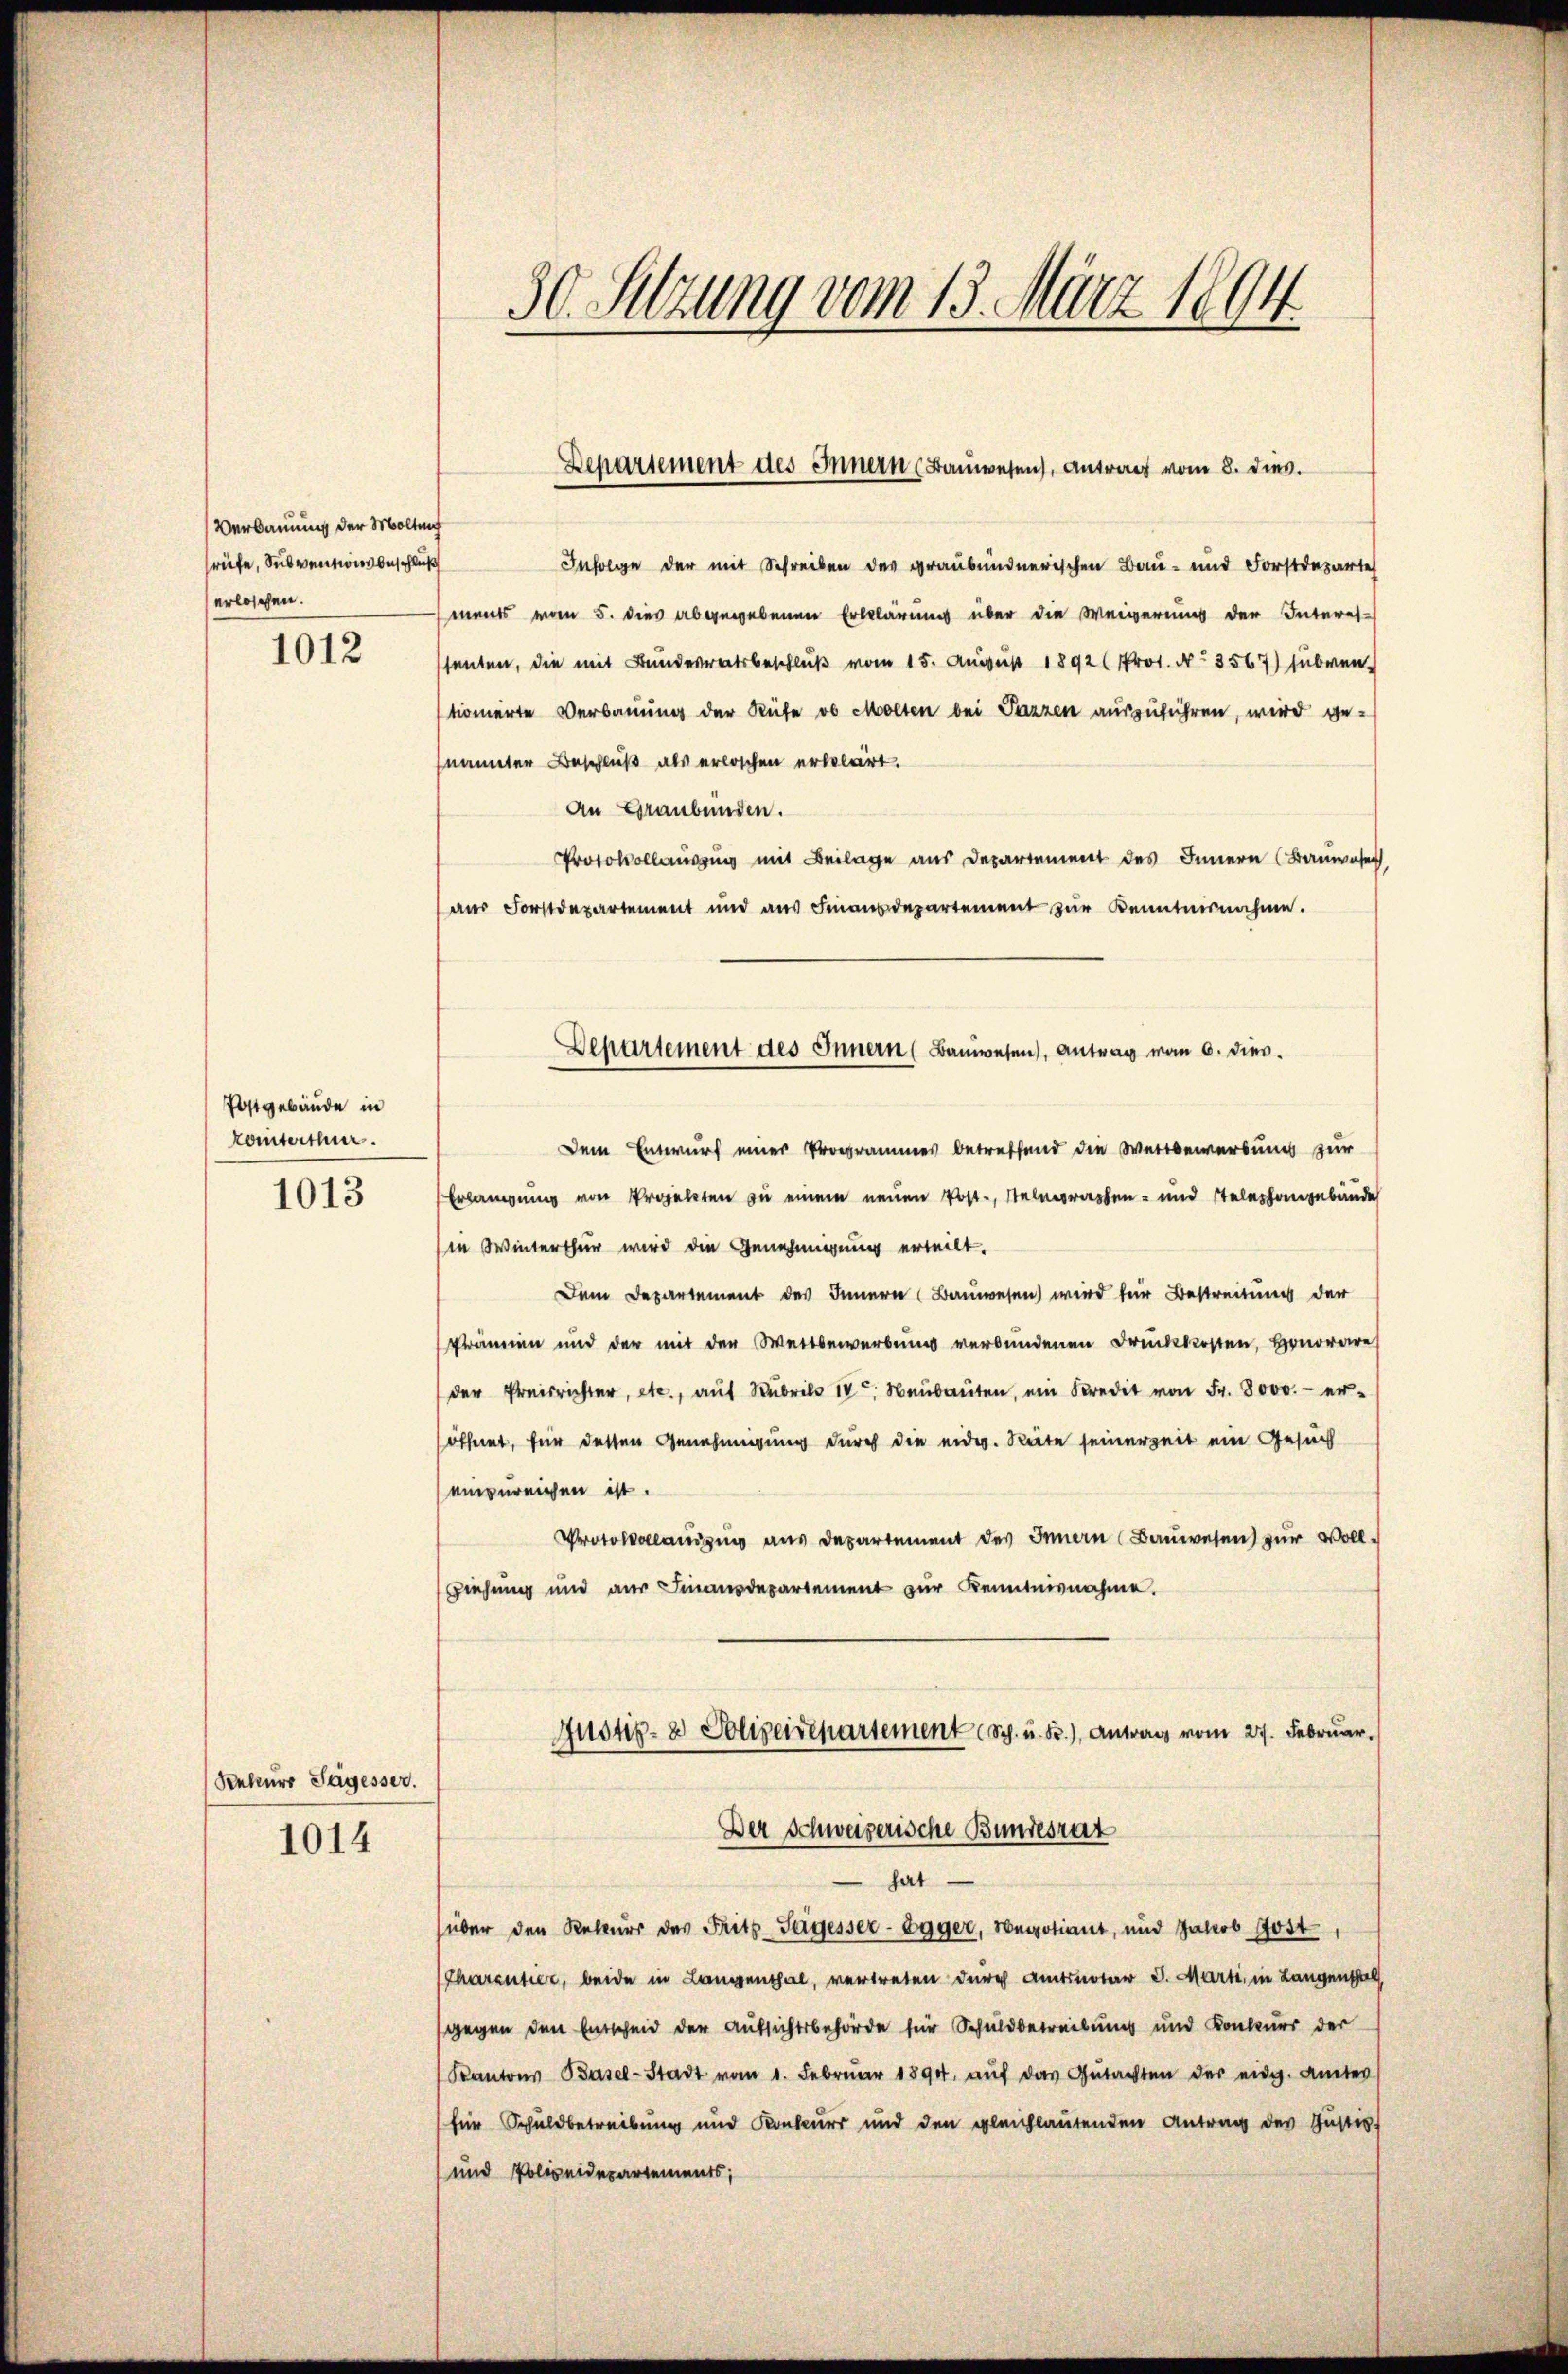
Verdauung der Molling
rüfe, Subventionsbeschluß
erlöschen.

1012

Postgebäude in
könnterthur.

1013

Rekurs Sagesser.

1014

30. Setzung vom 13. März 1894

Infolge der mit Schreiben des graubündnerischen Bau- und Forstdeparte
ments vom 5. dies abgegebenen Erklärung über die Weigerung der Interes-
tenten, die mit Bundesratsbeschluß vom 15. August 1892 (Prot. No. 3567) subven
tionierte Verbauung der Rüfe ob Molten bei Pazzen auszuführen, wird gesnannter Beschluß als erlöschen erbelcirt.
An Graubünden.
Protokollausung mit Beilage aus Departement des Innern (Bauwesen,
aus Forstdepartement und aŭs Finanzdepartement zŭr Kenntnisnahme.
Dem Entwurf einer Programmes betreffend die Wertbewerbung zur
Erlangung von Projekten zu einem neuen Post-, Steinprachen- und Telephangebäude
in Winterthur wird die Genehmigung erteilt.
Dem Departement des Innern (Bauwesen wird für Bestreitung der
Prämien und der mit der Wettbewerbung verbundenen Druckkosten, Honorare
der Preisrichter, etc., auf Sub 14. Neubauten, ein Kredit von Fr. 8000.- eröffnet, für dessen Genehmigung durch die eider. Seite seinerzeit ein Gesuch
einzureichen ist.
Protokolaŭzŭg aŭs departement des Innern Baŭwesen zur Voll-
ziehung und aus Finanzdepartement zur Kenntnisnahme.
Justiz- & Polizeirepartement (Sch. u. Fr.) Antrag vom 27. Februar.
Der Schweizerische Bundesrat
hat
über den Rekurs des Frits Segesser- Egger, Meistiant, und Jakob Jost,
Charentier, beide in Langenthal, vertreten durch Amtsnotar d. Marti, in Langenschl
gegen den Entscheid der Aufsichtsbehörde für Schuldbetreibung und Konkurs der
Kantons Basel-Stadt vom 1. Febrŭar 1890. aŭf das Gŭtachten der eidg. Amtes
für Schuldbetreibung und Konkurs und den gleichlautenden Antrag des Justiz-
und Polizeidepartements;

Departement des Innern (Bauwesen, Antrag vom 8. dies.

Departement des Innern (Bauwesen, Antrag vom 6. dies